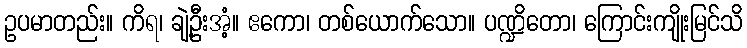
ဥပမာတည်း။ ကိရ၊ ချဲ့ဦးအံ့။ ဧကော၊ တစ်ယောက်သော။ ပဏ္ဍိတော၊ ကြောင်းကျိုးမြင်သိ